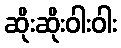
ဆိုးဆိုးဝါးဝါး